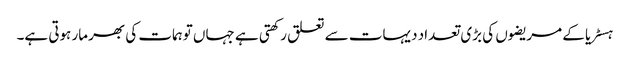
ہسٹریا کے مریضوں کی بڑی تعداد دیہات سے تعلق رکھتی ہے جہاں توہمات کی بھرمار ہوتی ہے۔